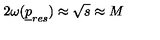
2 \omega ( { \underline { p } } _ { r e s } ) \approx \sqrt s \approx M